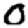
Digit: 0